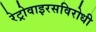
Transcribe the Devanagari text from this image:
रेट्रोवाइरसविरोधी